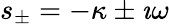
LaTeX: s_{\pm}=-\kappa\pm\imath\omega